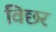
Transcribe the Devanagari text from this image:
विछर